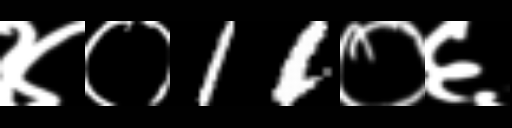
Text: ४०11०६